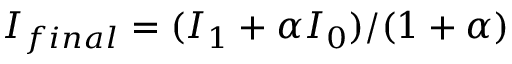
I _ { f i n a l } = ( I _ { 1 } + \alpha I _ { 0 } ) / ( 1 + \alpha )